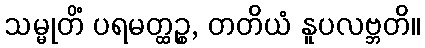
သမ္မုတိံ ပရမတ္ထဉ္စ, တတိယံ နူပလဗ္ဘတိ။